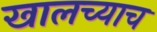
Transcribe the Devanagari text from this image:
खालच्याच